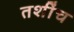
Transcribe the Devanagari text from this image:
तशींच